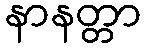
နာနတ္တာ